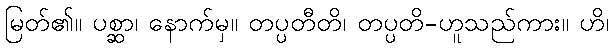
မြတ်၏။ ပစ္ဆာ၊ နောက်မှ။ တပ္ပတီတိ၊ တပ္ပတိ-ဟူသည်ကား။ ဟိ၊